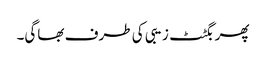
پھر بگٹٹ زیبی کی طرف بھاگی۔